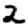
Digit: 2